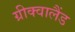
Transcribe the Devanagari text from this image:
ग्रीक्वालैंड